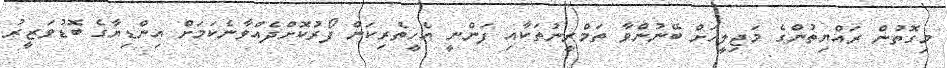
މިގޮތުން ރައްޔިތުންގެ މަޖިލީހަށް ބޭނުންވާ ތަމްރީނުތަކާއި ފަންނީ އެހީތެރިކަން ފޯރުކޮށްދެއްވާނެކަމަށް އިންޑިޔާގެ ބޮޑުވަޒީރު